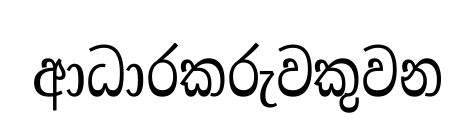
ආධාරකරුවකුවන